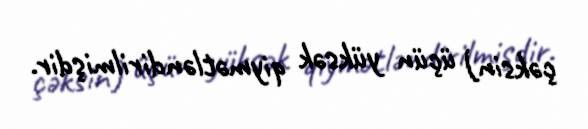
çəksin) üçün yüksək qiymətləndirilmişdir.